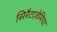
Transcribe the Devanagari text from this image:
सिरैटाज़ेमिया